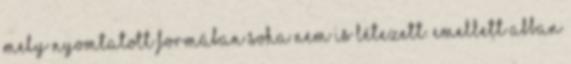
mely nyomtatott formában soha nem is létezett. Emellett abban